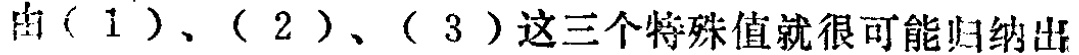
由（1）、（2）、（3）这三个特殊值就很可能归纳出